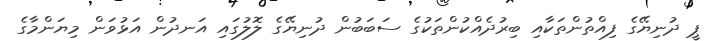
ޕީ ދުނިޔޭގެ ފިއްތުންތަކާއި ބިރުދެއްކުންތަކުގެ ސަބަބުން ދުނިޔޭގެ ލޮލުގައި އަނދުން އަޅުވަން މިޔަންމާގެ